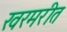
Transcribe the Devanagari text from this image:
खरमरीत